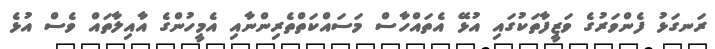
ރަނގަޅު ފެންވަރުގެ ވަޒީފާތަކުގައި އުޅޭ އެތައްހާސް މަސައްކަތްތެރިންނާއި އެމީހުންގެ އާއިލާތައް ވެސް އުޅެ